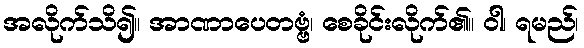
အလိုက်သိ၍။ အာဏာပေတဗ္ဗံ၊ စေခိုင်းလိုက်၏။ ဝါ၊ ရမည်၊